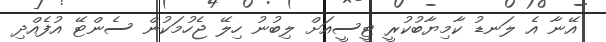
އޭނާ އެ ލަނޑު ކާމިޔާބުކުރީ ޓީސީއަށް ލިބުނު ހިލޭ ޖެހުމަކުން ސެންޓޭ އުފެއްދި